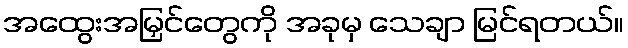
အထွေးအမြှင်တွေကို အခုမှ သေချာ မြင်ရတယ်။